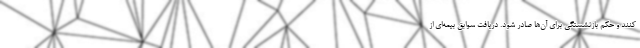
کنند و حکم بازنشستگی برای آن‌ها صادر شود. دریافت سوابق بیمه‌ای از